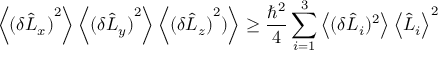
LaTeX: \left\langle { ( \delta { \hat { L } } _ { x } ) } ^ { 2 } \right\rangle \left\langle { ( \delta { \hat { L } } _ { y } ) } ^ { 2 } \right\rangle \left\langle { ( \delta { \hat { L } } _ { z } ) } ^ { 2 } ) \right\rangle \geq { \frac { \hbar ^ { 2 } } { 4 } } \sum _ { i = 1 } ^ { 3 } \left\langle ( \delta { \hat { L } } _ { i } ) ^ { 2 } \right\rangle \left\langle { \hat { L } } _ { i } \right\rangle ^ { 2 }